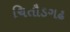
ચિતૌડગઢ